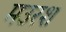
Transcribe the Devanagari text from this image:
मउरश